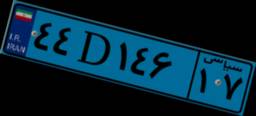
۴۰D۷۹۰۴۰